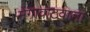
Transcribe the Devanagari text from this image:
मेगावाटवाला